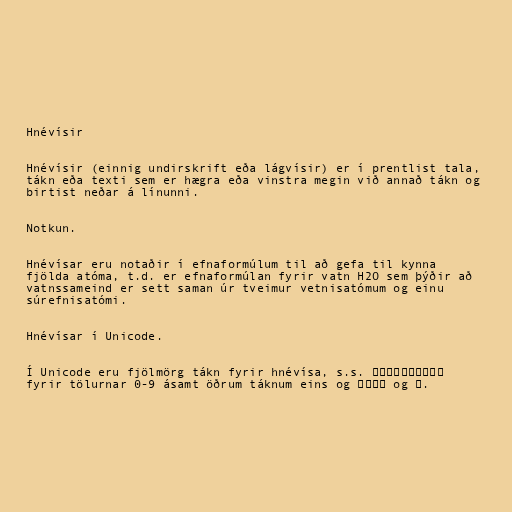
Hnévísir

Hnévísir (einnig undirskrift eða lágvísir) er í prentlist tala,
tákn eða texti sem er hægra eða vinstra megin við annað tákn og
birtist neðar á línunni.

Notkun.

Hnévísar eru notaðir í efnaformúlum til að gefa til kynna
fjölda atóma, t.d. er efnaformúlan fyrir vatn H2O sem þýðir að
vatnssameind er sett saman úr tveimur vetnisatómum og einu
súrefnisatómi.

Hnévísar í Unicode.

Í Unicode eru fjölmörg tákn fyrir hnévísa, s.s. ₀₁₂₃₄₅₆₇₈₉
fyrir tölurnar 0-9 ásamt öðrum táknum eins og ₊₋₌₍ og ₎.